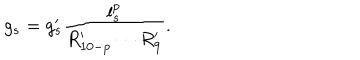
LaTeX: g _ { s } = g _ { s } ^ { \prime } \frac { l _ { s } ^ { p } } { R _ { 1 0 - p } ^ { \prime } \cdots R _ { 9 } ^ { \prime } } .